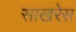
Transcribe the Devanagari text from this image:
साखरेस